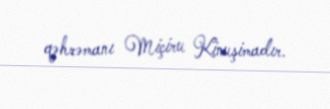
qəhrəmanı Miçiru Kinuşimadır.